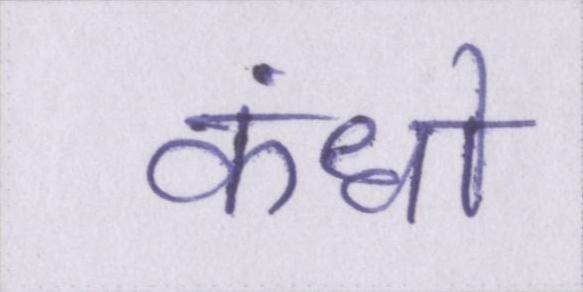
कंधो